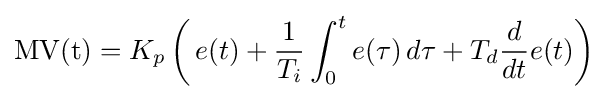
\mathrm {MV(t)} =K_{p}\left(\,{e(t)}+{\frac {1}{T_{i}}}\int _{0}^{t}{e(\tau )}\,{d\tau }+T_{d}{\frac {d}{dt}}e(t)\right)